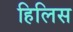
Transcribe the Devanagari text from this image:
हिलिस